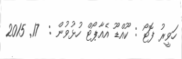
ހަވީރު ފޮޓޯ : ކޫއްޑޫ އެއާޕޯޓް ހުޅުވުން :  17